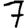
Digit: 7